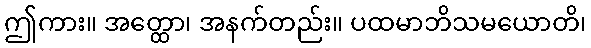
ဤကား။ အတ္ထော၊ အနက်တည်း။ ပထမာဘိသမယောတိ၊